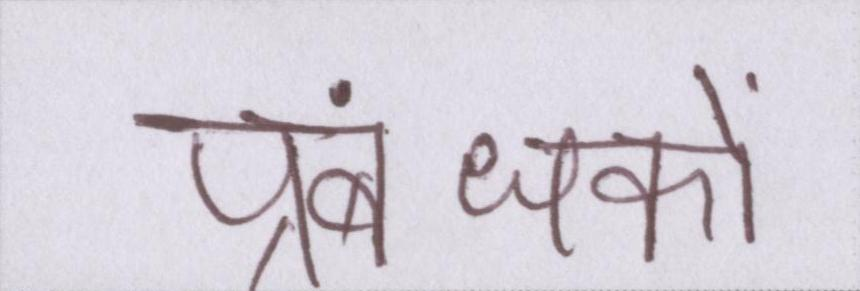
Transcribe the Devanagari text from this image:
प्रबंधकों